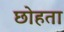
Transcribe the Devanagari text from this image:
छोहता